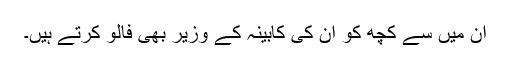
ان میں سے کچھ کو ان کی کابینہ کے وزیر بھی فالو کرتے ہیں۔